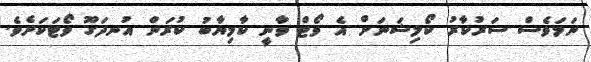
ނަމަވެސް ސަރުކާރު ކޯލިޝަނަށް އެ ވޯޓް ވާނީ ކާމިޔާބު ކުރަން އުނދަގޫ ވޯޓަކަށެވެ.